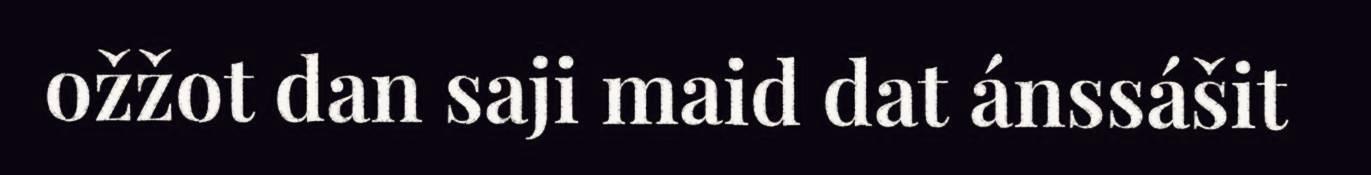
ožžot dan saji maid dat ánssášit